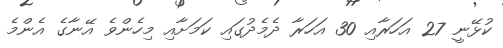
ކުޅޭނީ 27 އަހަރާއި 30 އަހަރާ ދެމެދުގައި ކަމަށާއި މިހެންވެ އޭނާގެ އެންމެ